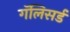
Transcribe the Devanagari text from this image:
गॅलिसर्ड